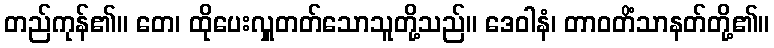
တည်ကုန်၏။ တေ၊ ထိုပေးလှူတတ်သောသူတို့သည်။ ဒေဝါနံ၊ တာဝတိံသာနတ်တို့၏။